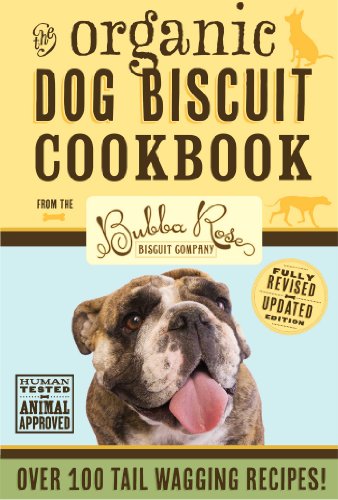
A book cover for Organic Dog Biscuit Cookbook (Revised Edition): Over 100 Tail-Wagging Treats; The Bubba Rose Biscuit Company; Cookbooks, Food & Wine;